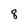
Character: 8